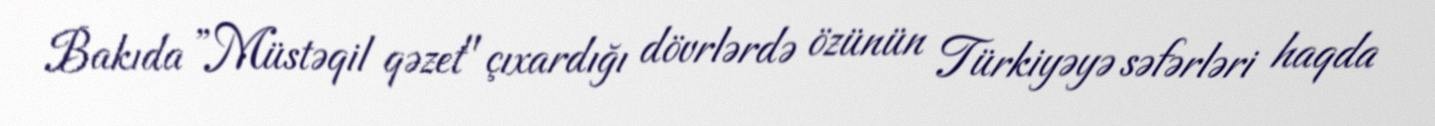
Bakıda ”Müstəqil qəzet" çıxardığı dövrlərdə özünün Türkiyəyə səfərləri haqda